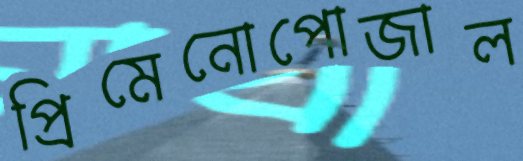
প্রিমেনোপোজাল